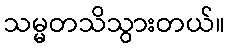
သမ္မတသိသွားတယ်။